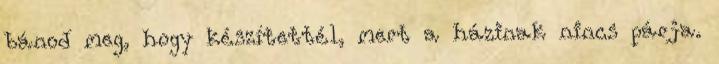
bánod meg, hogy készítettél, mert a házinak nincs párja.